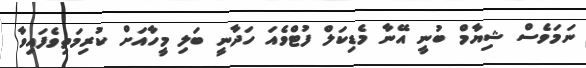
ނަމަވެެސް ޝިޔާމް ބުނީ އޭނާ މެޑިކަލް ފުޓްވެއަ ހަދާނީ ބަލި މީހާއަށް ކުރިމަތިވެފައިވާ